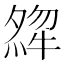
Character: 𤚶